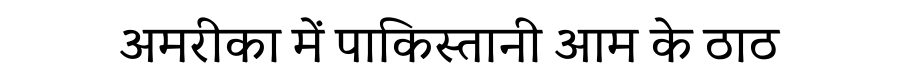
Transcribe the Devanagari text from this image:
अमरीका में पाकिस्तानी आम के ठाठ